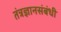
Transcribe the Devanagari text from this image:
तंत्रज्ञानसंबंधी